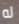
له